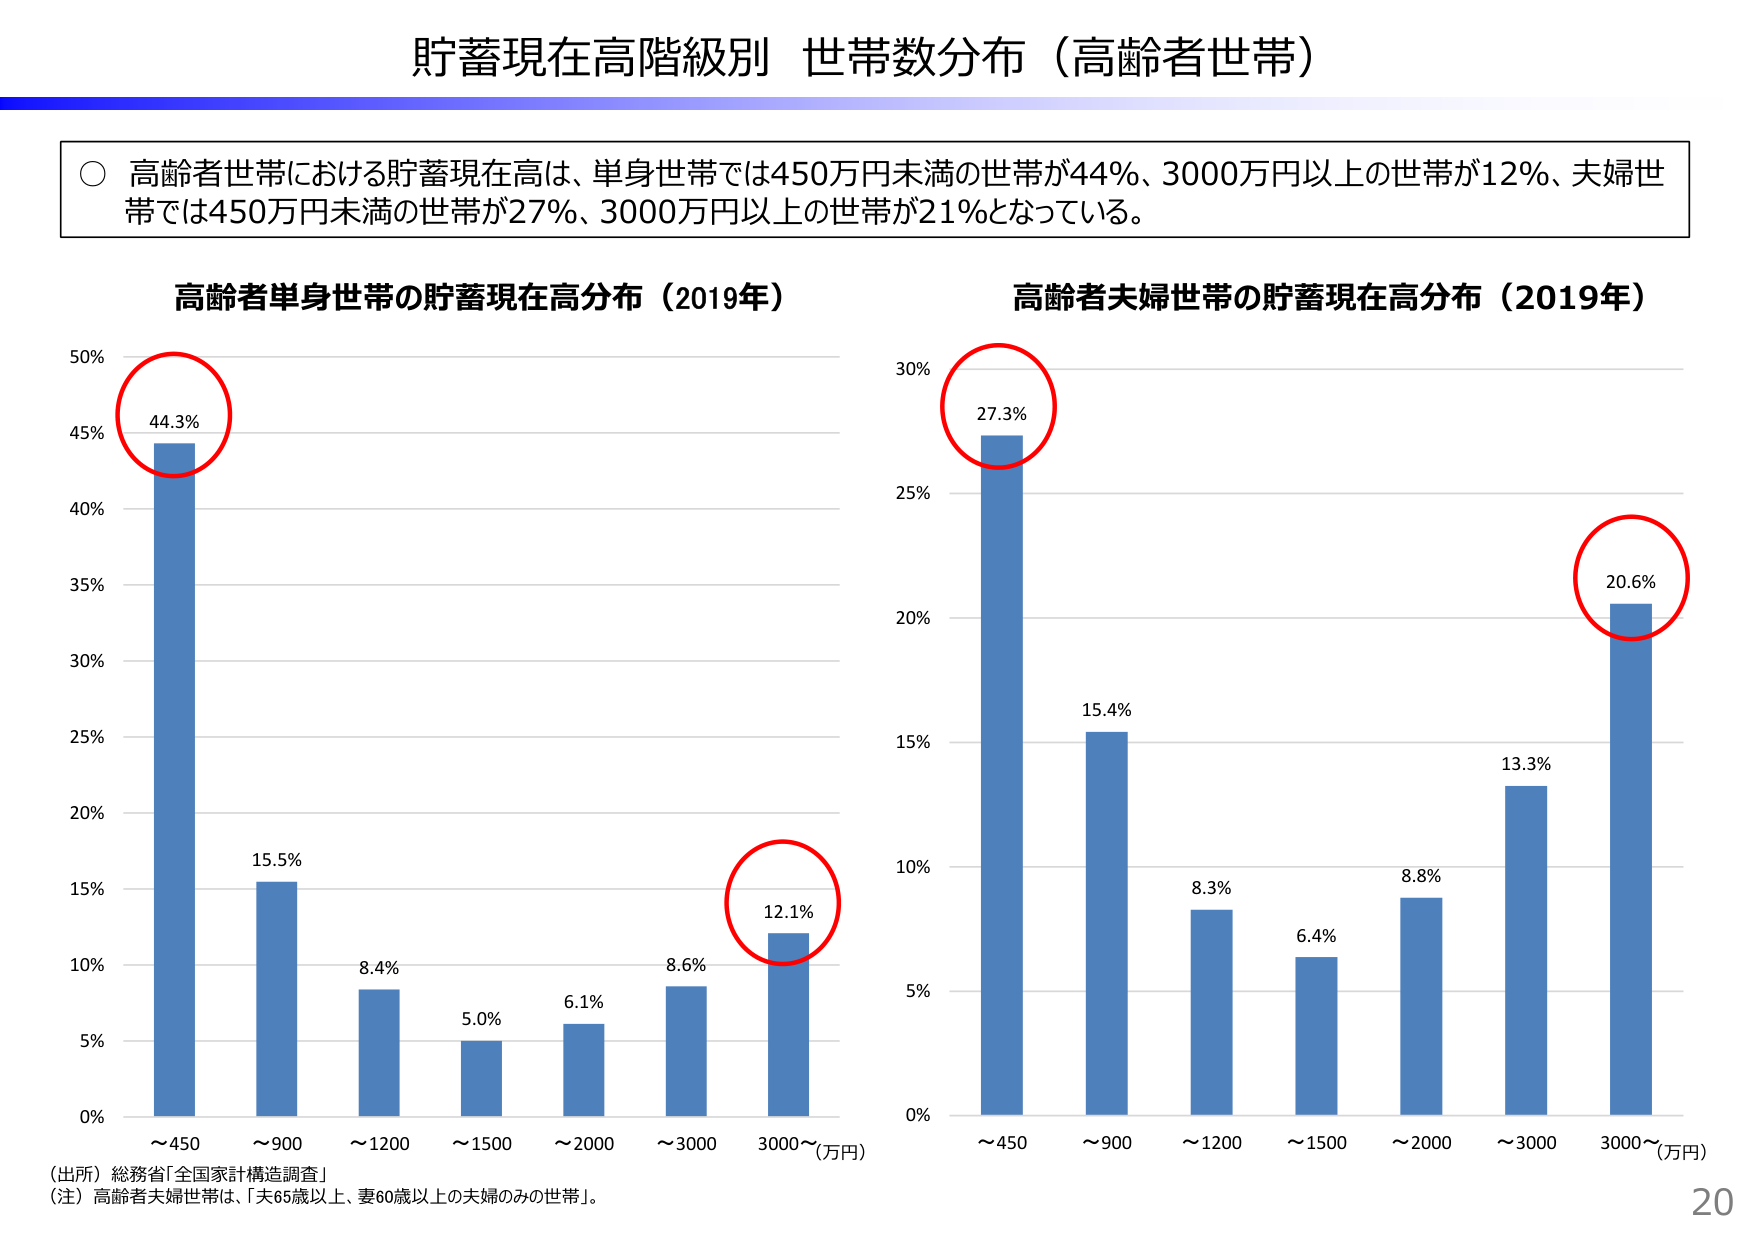
貯蓄現在高階級別 世帯数分布（高齢者世帯）

○ 高齢者世帯における貯蓄現在高は、単身世帯では450万円未満の世帯が44%、3000万円以上の世帯が12%、夫婦世帯では450万円未満の世帯が27%、3000万円以上の世帯が21%となっている。

高齢者単身世帯の貯蓄現在高分布（2019年）
50%
45% 44.3%
40%
35%
30%
25%
20%
15%
10%
5%
0%
～450 ～900 ～1200 ～1500 ～2000 ～3000 3000～（万円）
15.5%
8.4%
5.0%
6.1%
8.6%
12.1%

高齢者夫婦世帯の貯蓄現在高分布（2019年）
30%
27.3%
25%
20%
15%
10%
5%
0%
～450 ～900 ～1200 ～1500 ～2000 ～3000 3000～（万円）
15.4%
8.3%
6.4%
8.8%
13.3%
20.6%

（出所）総務省「全国家計構造調査」
（注）高齢者夫婦世帯は、「夫65歳以上、妻60歳以上の夫婦のみの世帯」。

20